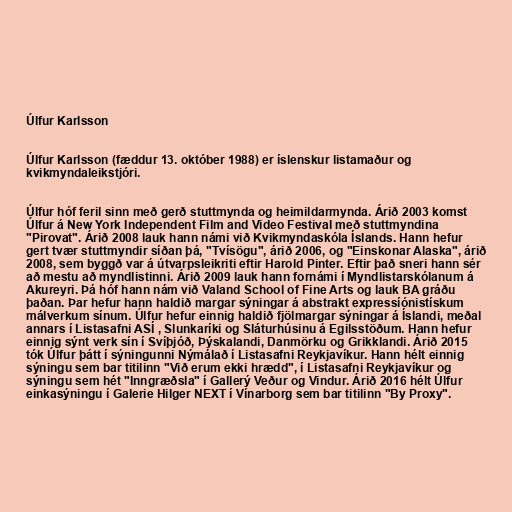
Úlfur Karlsson

Úlfur Karlsson (fæddur 13. október 1988) er íslenskur listamaður og
kvikmyndaleikstjóri.

Úlfur hóf feril sinn með gerð stuttmynda og heimildarmynda. Árið 2003 komst
Úlfur á New York Independent Film and Video Festival með stuttmyndina
"Pirovat". Árið 2008 lauk hann námi við Kvikmyndaskóla Íslands. Hann hefur
gert tvær stuttmyndir síðan þá, "Tvísögu", árið 2006, og "Einskonar Alaska", árið
2008, sem byggð var á útvarpsleikriti eftir Harold Pinter. Eftir það sneri hann sér
að mestu að myndlistinni. Árið 2009 lauk hann fornámi í Myndlistarskólanum á
Akureyri. Þá hóf hann nám við Valand School of Fine Arts og lauk BA gráðu
þaðan. Þar hefur hann haldið margar sýningar á abstrakt expressíónistískum
málverkum sínum. Úlfur hefur einnig haldið fjölmargar sýningar á Íslandi, meðal
annars í Listasafni ASÍ , Slunkaríki og Sláturhúsinu á Egilsstöðum. Hann hefur
einnig sýnt verk sín í Svíþjóð, Þýskalandi, Danmörku og Grikklandi. Árið 2015
tók Úlfur þátt í sýningunni Nýmálað í Listasafni Reykjavíkur. Hann hélt einnig
sýningu sem bar titilinn "Við erum ekki hrædd", í Listasafni Reykjavíkur og
sýningu sem hét "Inngræðsla" í Gallerý Veður og Vindur. Árið 2016 hélt Úlfur
einkasýningu í Galerie Hilger NEXT í Vínarborg sem bar titilinn "By Proxy".